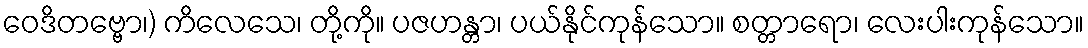
ဝေဒိတဗ္ဗော၊) ကိလေသေ၊ တို့ကို။ ပဇဟန္တာ၊ ပယ်နိုင်ကုန်သော။ စတ္တာရော၊ လေးပါးကုန်သော။